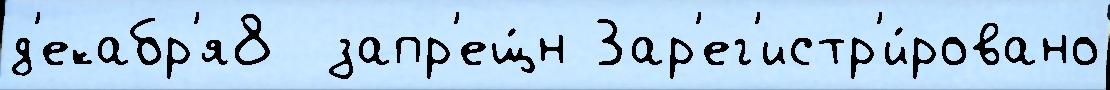
д'екабр'я8  запр'ещ́н Зар'ег'истр'и́ровано